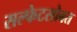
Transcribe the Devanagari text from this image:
सल्फेटसोबत